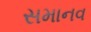
સમાનવ